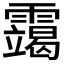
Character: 𫕴